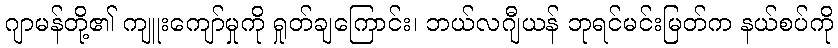
ဂျာမန်တို့၏ ကျူးကျော်မှုကို ရှုတ်ချကြောင်း၊ ဘယ်လဂျီယန် ဘုရင်မင်းမြတ်က နယ်စပ်ကို